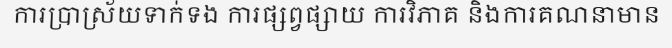
ការប្រាស្រ័យទាក់ទង ការផ្សព្វផ្សាយ ការវិភាគ និងការគណនាមាន